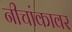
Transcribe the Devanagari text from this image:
नीचांकावर